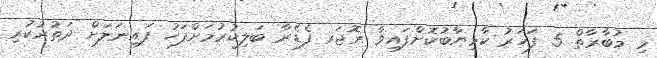
މި މުބާރާތް 5 ފަހަރު ކާމިޔާބުކޮށްފައިވާ ރޮޖަރ ފެޑެރާ ބަލިކުރުމަަށްފަހު ފައިނަލަށް ދަތުރުކުރި